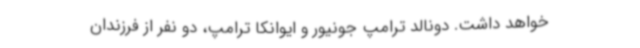
خواهد داشت. دونالد ترامپ جونیور و ایوانکا ترامپ، دو نفر از فرزندان